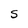
Character: S